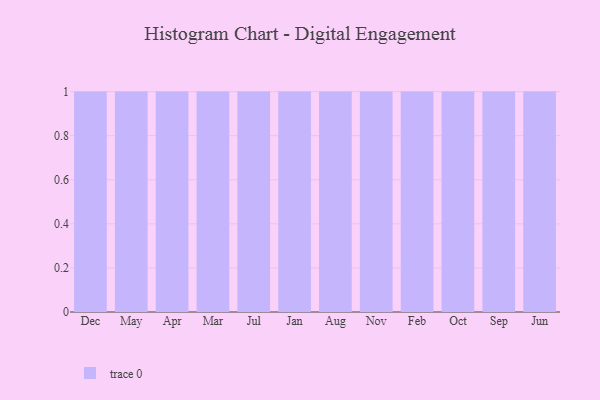
{"axis": {"x": "Month", "y": "Tickets Resolved"}, "legend": [""], "data": [{"x": "Dec", "y": 88, "type": ""}, {"x": "May", "y": 5, "type": ""}, {"x": "Apr", "y": 34, "type": ""}, {"x": "Mar", "y": 22, "type": ""}, {"x": "Jul", "y": 58, "type": ""}, {"x": "Jan", "y": 28, "type": ""}, {"x": "Aug", "y": 48, "type": ""}, {"x": "Nov", "y": 7, "type": ""}, {"x": "Feb", "y": 36, "type": ""}, {"x": "Oct", "y": 47, "type": ""}, {"x": "Sep", "y": 44, "type": ""}, {"x": "Jun", "y": 12, "type": ""}]}